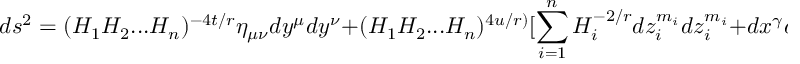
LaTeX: d s ^ { 2 } = ( H _ { 1 } H _ { 2 } . . . H _ { n } ) ^ { - 4 t / r } \eta _ { \mu \nu } d y ^ { \mu } d y ^ { \nu } + ( H _ { 1 } H _ { 2 } . . . H _ { n } ) ^ { 4 u / r ) } [ \sum _ { i = 1 } ^ { n } H _ { i } ^ { - 2 / r } d z _ { i } ^ { m _ { i } } d z _ { i } ^ { m _ { i } } + d x ^ { \gamma } d x ^ { \gamma } ] ,